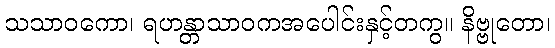
သသာဝကော၊ ရဟန္တာသာဝကအပေါင်းနှင့်တကွ။ နိဗ္ဗုတော၊